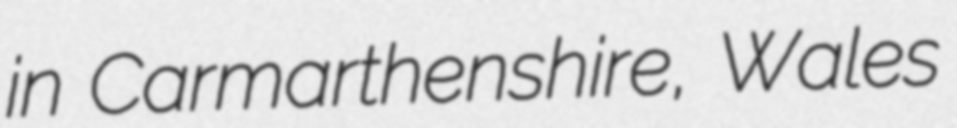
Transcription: in Carmarthenshire, Wales